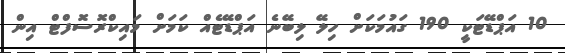
10 އަޕްޑޭޓަކީ 190 ގައުމަކަށް ހިލޭ ލިބޭނެ އަޕްޑޭޓެއް ކަމަށް މައިކްރޮސޮފްޓް އިން